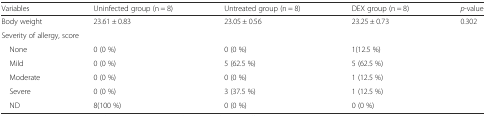
| Variables | Uninfected group (n = 8) | Untreated group (n = 8) | DEX group (n = 8) | p-value |
 | --- | --- | --- | --- | --- |
 | Body weight | 23.61 ± 0.83 | 23.05 ± 0.56 | 23.25 ± 0.73 | 0.302 |
 | <COLSPAN=5> Severity of allergy, score |
 | None | 0 (0 %) | 0 (0 %) | 1(12.5 %) |  |
 | Mild | 0 (0 %) | 5 (62.5 %) | 5 (62.5 %) |  |
 | Moderate | 0 (0 %) | 0 (0 %) | 1 (12.5 %) |  |
 | Severe | 0 (0 %) | 3 (37.5 %) | 1 (12.5 %) |  |
 | ND | 8(100 %) | 0 (0 %) | 0 (0 %) |  |